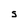
Character: S